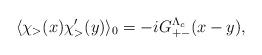
LaTeX: \begin{align*}\langle \chi_>(x)\chi_>'(y)\rangle_0 = - i G_{+-}^{\Lambda_c} (x-y),\end{align*}